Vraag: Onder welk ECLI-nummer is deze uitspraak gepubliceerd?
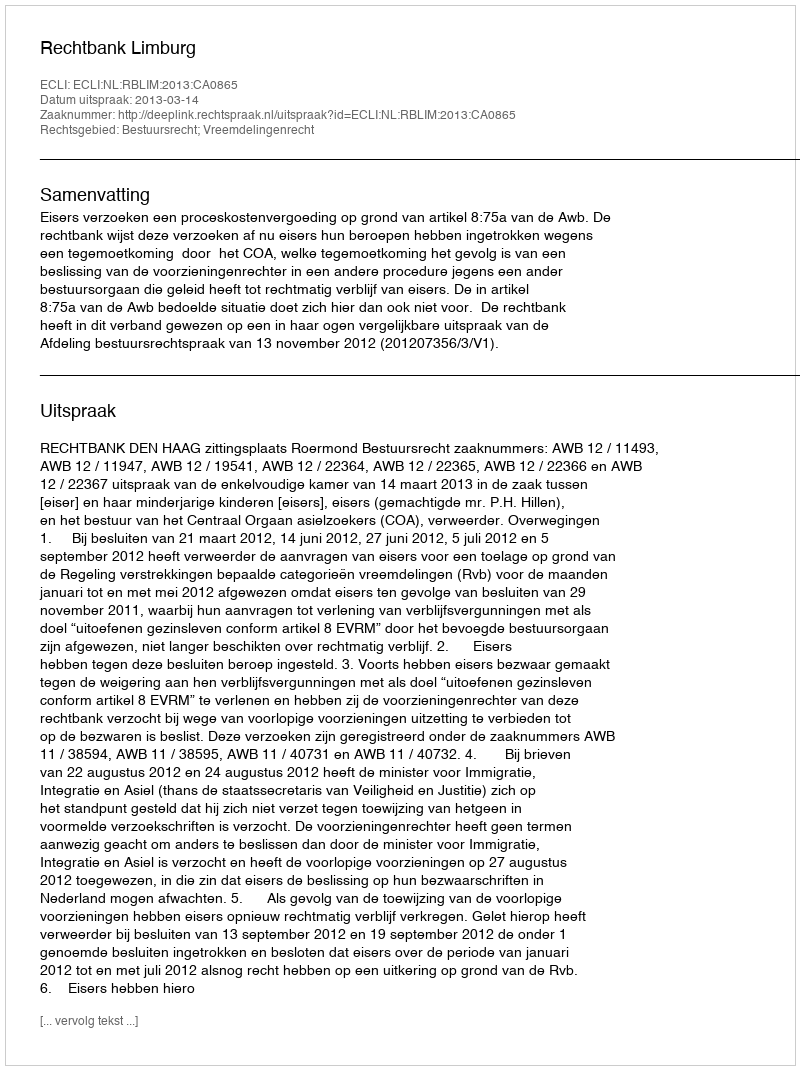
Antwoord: ECLI:NL:RBLIM:2013:CA0865